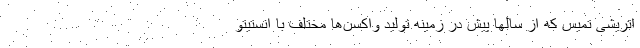
اتریشی تمیس که از سالها پیش در زمینه تولید واکسن‌ها مختلف با انستیتو